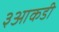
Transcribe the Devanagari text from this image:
३आकडी